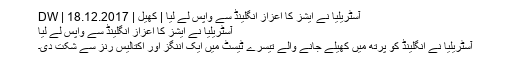
آسٹریلیا نے ایشز کا اعزاز انگلینڈ سے واپس لے لیا | کھیل | DW | 18.12.2017
آسٹریلیا نے ایشز کا اعزاز انگلینڈ سے واپس لے لیا
آسٹریلیا نے انگلینڈ کو پرتھ میں کھیلے جانے والے تیسرے ٹیسٹ میں ایک اننگز اور اکتالیس رنز سے شکت دی۔